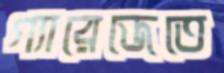
গ্যারেজেতে